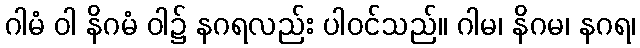
ဂါမံ ဝါ နိဂမံ ဝါ၌ နဂရလည်း ပါဝင်သည်။ ဂါမ၊ နိဂမ၊ နဂရ၊